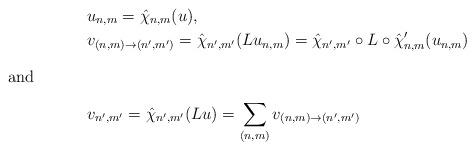
LaTeX: \begin{align*}&u_{n,m} =\hat{\chi}_{n,m}(u),\\&v_{(n,m)\to(n',m')} =\hat{\chi}_{n',m'}(L u_{n,m})=\hat{\chi}_{n',m'}\circ L\circ\hat{\chi}'_{n,m}(u_{n,m})\intertext{and}&v_{n',m'} =\hat{\chi}_{n',m'}(Lu)=\sum_{(n,m)} v_{(n,m)\to(n',m')} \end{align*}